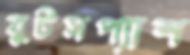
বুটসপ্যাশ